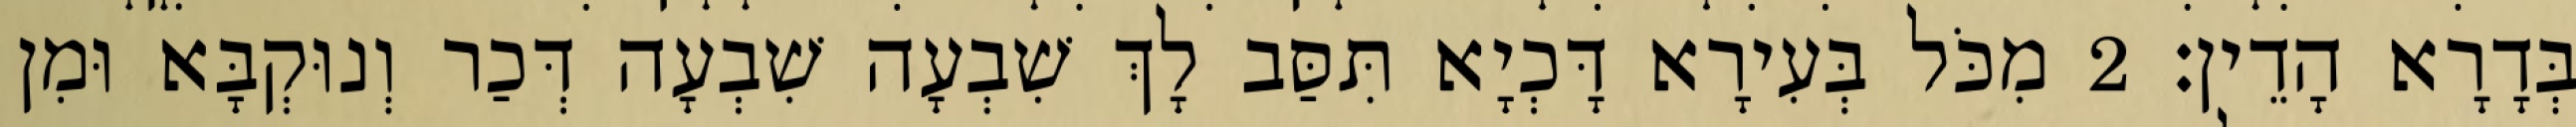
בְּדָרָא הָדֵין׃ 2 מִכֹּל בְּעִירָא דָּכְיָא תִּסַּב לָךְ שִׁבְעָה שִׁבְעָה דְּכַר וְנוּקְבָּא וּמִן